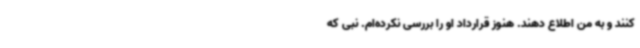
کنند و به من اطلاع دهند. هنوز قرارداد او را بررسی نکرده‌ام. نبی که